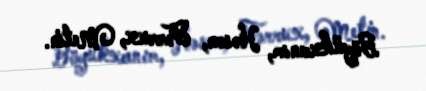
Böyükxanım, Həsən, Fərrux, Metin.